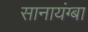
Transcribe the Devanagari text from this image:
सानायंग्बा